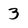
Character: 3